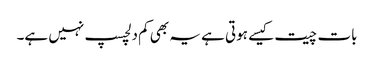
بات چیت کیسے ہوتی ہے یہ بھی کم دلچسپ نہیں ہے۔